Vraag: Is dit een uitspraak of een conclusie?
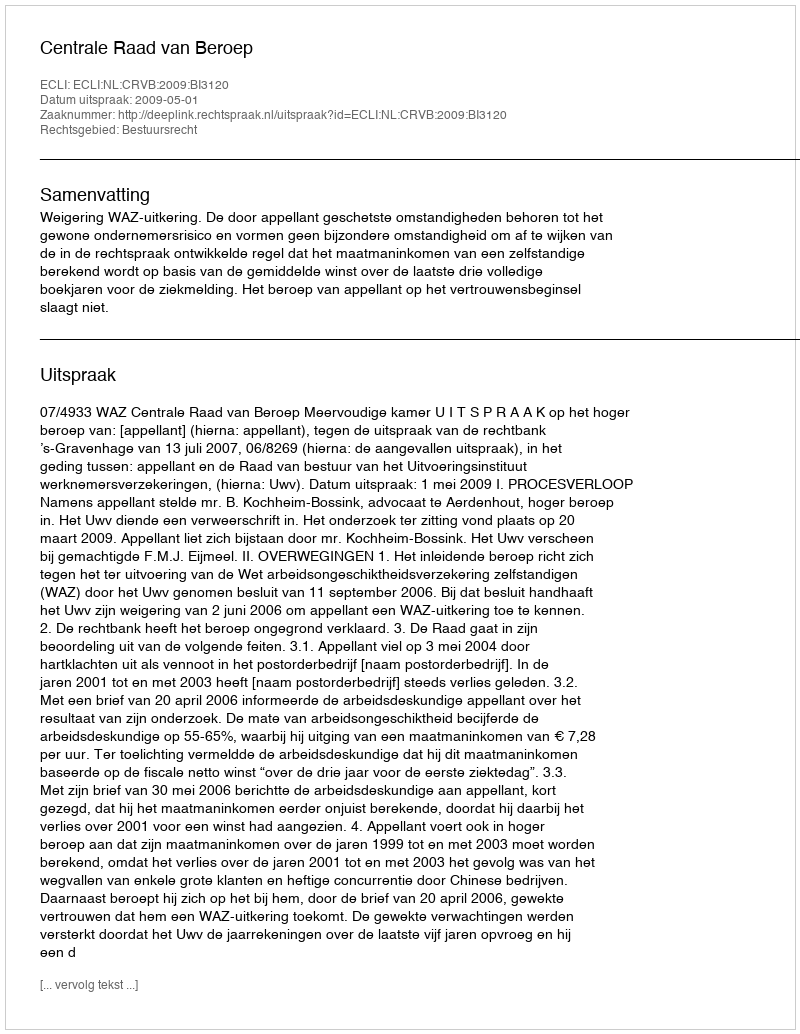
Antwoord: Uitspraak